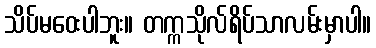
သိပ်မဝေးပါဘူး။ တက္ကသိုလ်ရိပ်သာလမ်းမှာပါ။